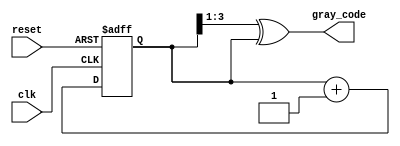
module gray_code_counter (
    input wire clk,           // Clock signal
    input wire reset,         // Asynchronous reset signal
    output reg [N-1:0] gray_code // Current Gray code output
);
    parameter N = 4; // Number of bits for the counter (adjustable)

    reg [N-1:0] binary_count; // Internal binary counter

    // Asynchronous reset and binary counter increment
    always @(posedge clk or posedge reset) begin
        if (reset) begin
            binary_count <= 0; // Reset binary counter to zero
        end else begin
            binary_count <= binary_count + 1; // Increment binary counter
        end
    end

    // Gray code conversion
    always @(*) begin
        gray_code = (binary_count >> 1) ^ binary_count; // Convert binary to Gray code
    end

endmodule